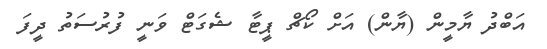
އަބްދު ޔާމީން (ޔާން) އަށް ކޯޗް ޕީޓާ ޝެގަޓް ވަނީ ފުރުސަތު ދީފަ